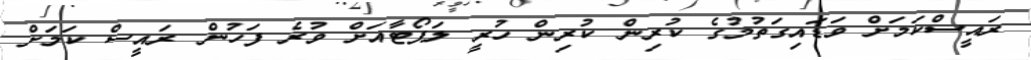
ރައީސްކަމަށް ވަޑައިގަތުމުގެ ކުރިން ކުރިން ހުރީ ލަޕޯޓާއަށް ވުރެ ފަހުން ރައީސް ކަމަށް